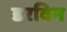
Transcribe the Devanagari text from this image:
डरविन